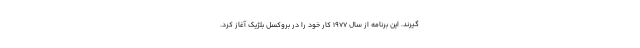
‌گیرند. این برنامه از سال 1977 کار خود را در بروکسل بلژیک آغاز کرد.